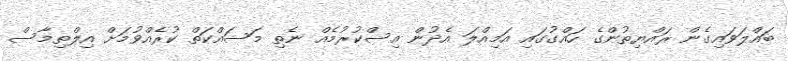
ބައްލަވައިގެން ރައްޔިތުންގެ ހައްގުގައި އަމިއްލަ އެދުން އިސްކުރުމެއް ނެތި މަސައްކަތް ކުރެއްވުމަށް އިލްތިމާސް